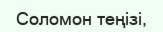
Соломон теңізі,